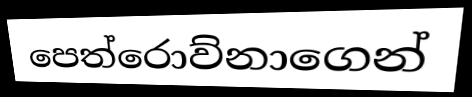
පෙත්රොව්නාගෙන්